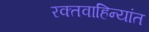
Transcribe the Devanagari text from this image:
रक्तवाहिन्यांत